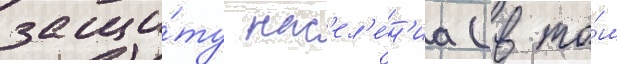
защи́ту нас'ел'е́н'иа (в то́м